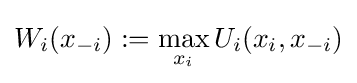
W_{i}(x_{-i}):=\max _{x_{i}}U_{i}(x_{i},x_{-i})